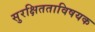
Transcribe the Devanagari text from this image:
सुरक्षितताविषयक